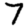
Digit: 7